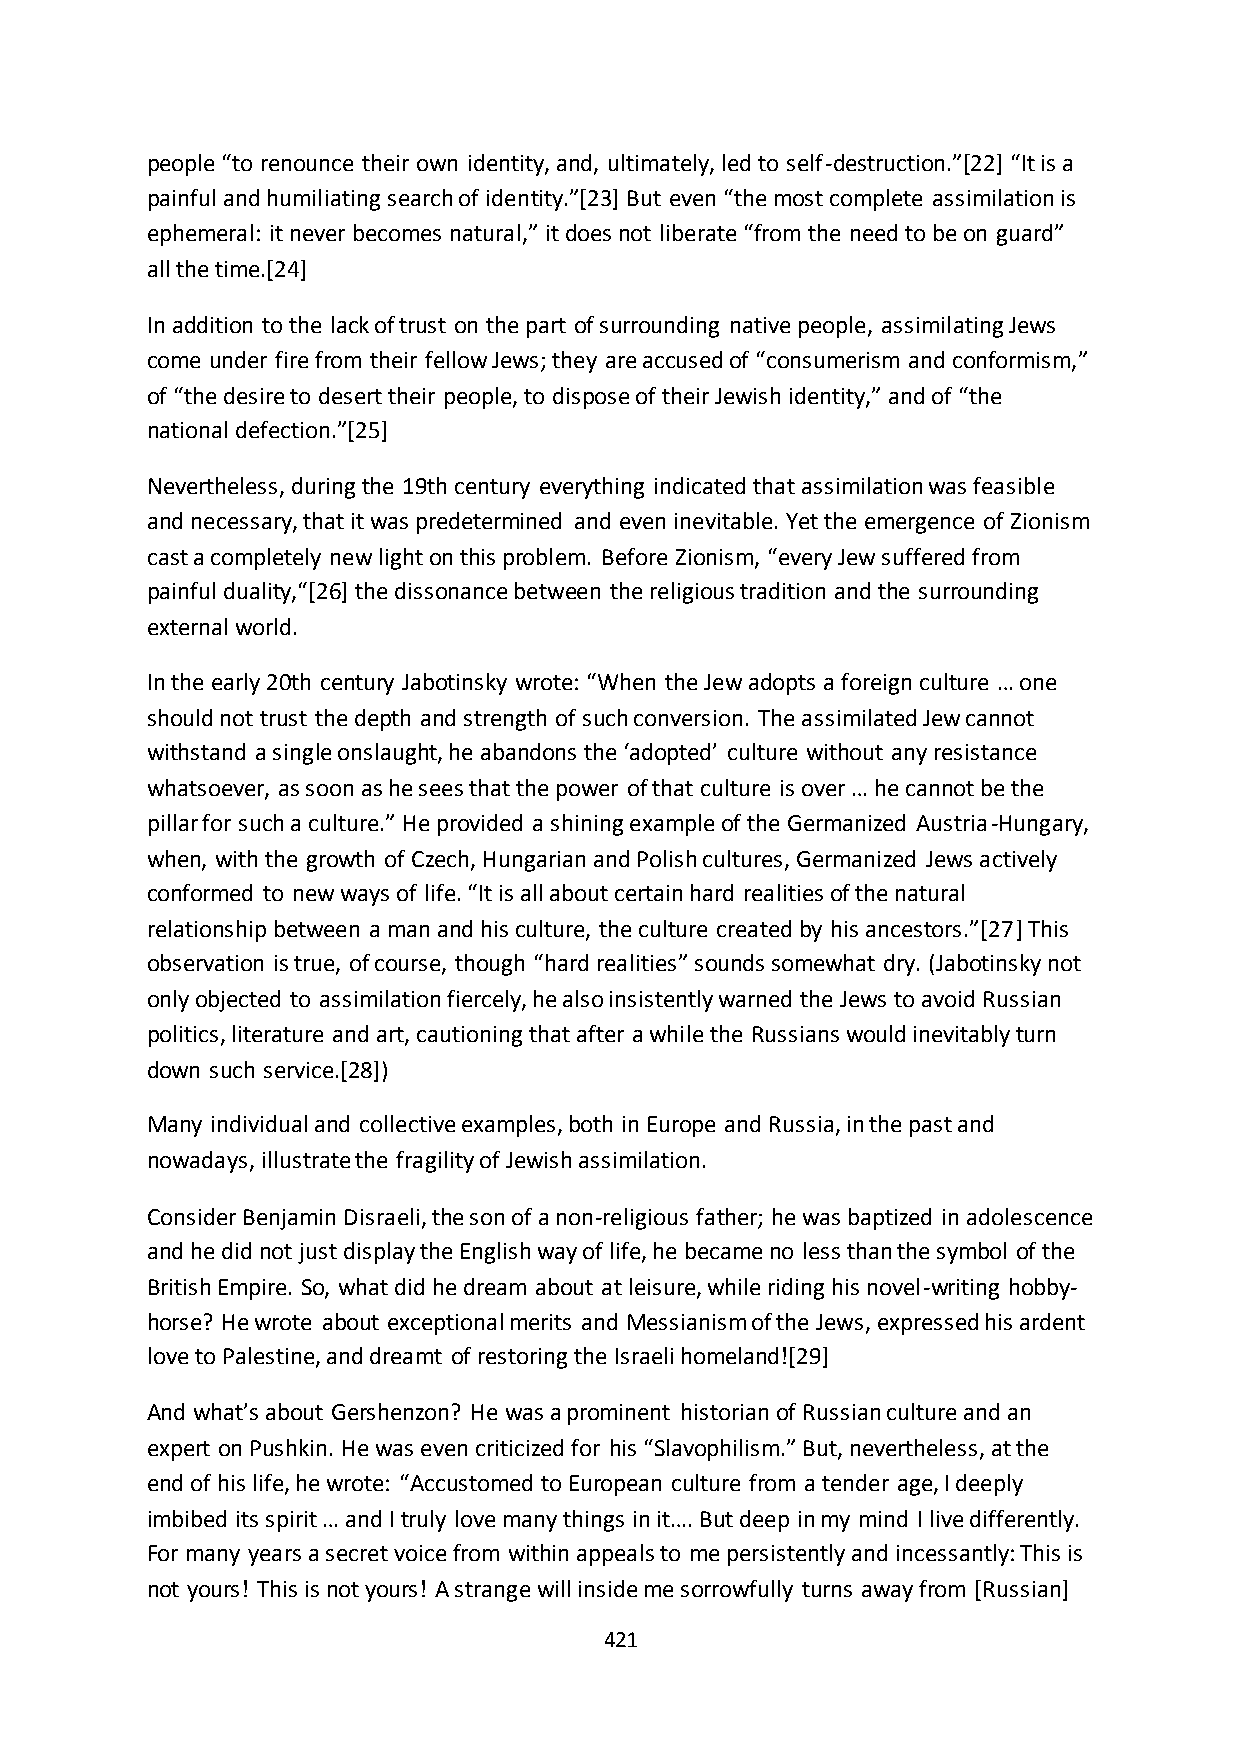
people “to renounce their own identity, and, ultimately, led to self-destruction.”*22+ “It is a
 painful and humiliating search of identity.”*23+ But even “the most complete assimilation is
 ephemeral: it never becomes natural,” it does not liberate “from the need to be on guard”
 all the time.[24]
 In addition to the lack of trust on the part of surrounding native people, assimilating Jews
 come under fire from their fellow Jews; they are accused of “consumerism and conformism,”
 of “the desire to desert their people, to dispose of their Jewish identity,” and of “the
 national defection.”*25+
 Nevertheless, during the 19th century everything indicated that assimilation was feasible
 and necessary, that it was predetermined and even inevitable. Yet the emergence of Zionism
 cast a completely new light on this problem. Before Zionism, “every Jew suffered from
 painful duality,“*26+ the dissonance between the religious tradition and the surrounding
 external world.
 In the early 20th century Jabotinsky wrote: “When the Jew adopts a foreign culture … one
 should not trust the depth and strength of such conversion. The assimilated Jew cannot
 withstand a single onslaught, he abandons the ‘adopted’ culture without any resistance
 whatsoever, as soon as he sees that the power of that culture is over … he cannot be the
 pillar for such a culture.” He provided a shining example of the Germanized Austria-Hungary,
 when, with the growth of Czech, Hungarian and Polish cultures, Germanized Jews actively
 conformed to new ways of life. “It is all about certain hard realities of the natural
 relationship between a man and his culture, the culture created by his ancestors.”*27] This
 observation is true, of course, though “hard realities” sounds somewhat dry. (Jabotinsky not
 only objected to assimilation fiercely, he also insistently warned the Jews to avoid Russian
 politics, literature and art, cautioning that after a while the Russians would inevitably turn
 down such service.[28])
 Many individual and collective examples, both in Europe and Russia, in the past and
 nowadays, illustrate the fragility of Jewish assimilation.
 Consider Benjamin Disraeli, the son of a non-religious father; he was baptized in adolescence
 and he did not just display the English way of life, he became no less than the symbol of the
 British Empire. So, what did he dream about at leisure, while riding his novel-writing hobby-
 horse? He wrote about exceptional merits and Messianism of the Jews, expressed his ardent
 love to Palestine, and dreamt of restoring the Israeli homeland![29]
 And what’s about Gershenzon? He was a prominent historian of Russian culture and an
 expert on Pushkin. He was even criticized for his “Slavophilism.” But, nevertheless, at the
 end of his life, he wrote: “Accustomed to European culture from a tender age, I deeply
 imbibed its spirit … and I truly love many things in it…. But deep in my mind I live differently.
 For many years a secret voice from within appeals to me persistently and incessantly: This is
 not yours! This is not yours! A strange will inside me sorrowfully turns away from [Russian]
 421